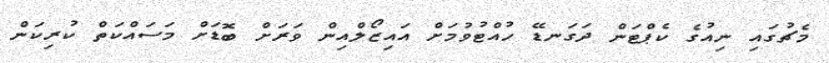
މެޗުގައި ނިއުގެ ކެޕްޓަން ދަގަނޑޭ ހުއްޓުވުމަށް އައިޒޯލްއިން ވަރަށް ބޮޑަށް މަސައްކަތް ކުރިކަން